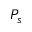
P _ { s }